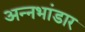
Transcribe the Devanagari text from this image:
अन्नभांडार